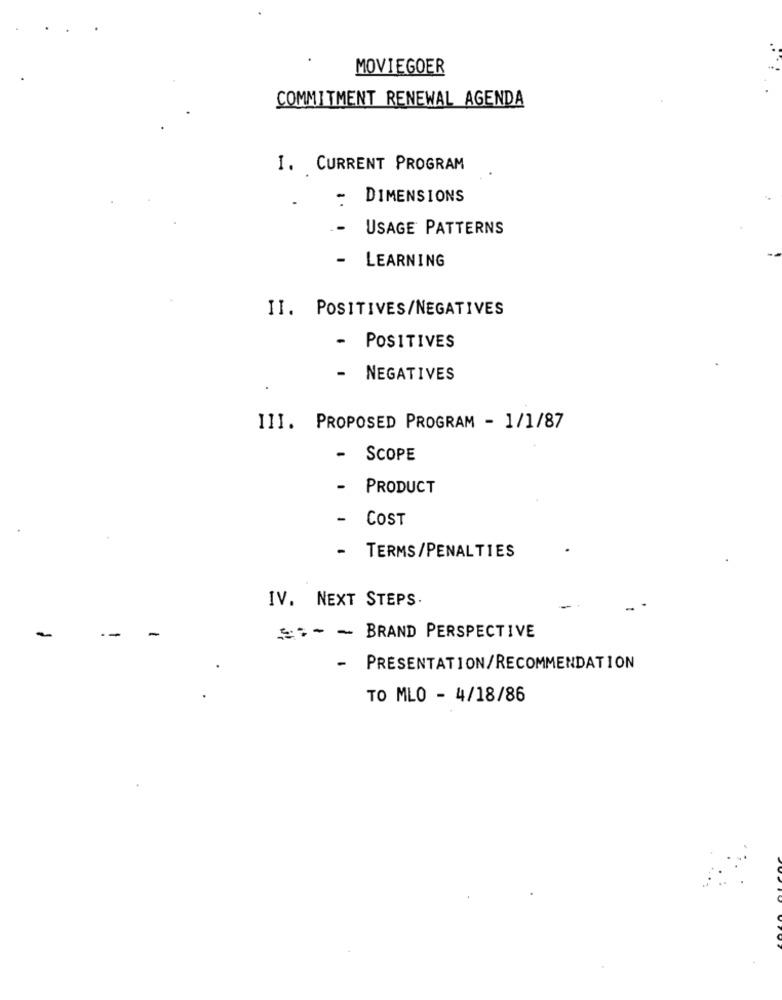
MOVIEGOER
COMMITMENT RENEWAL AGENDA
I. CURRENT PROGRAM
-
DIMENSIONS
-
.- USAGE PATTERNS
LEARNING
II. POSITIVES/NEGATIVES
- POSITIVES
- NEGATIVES
III. PROPOSED PROGRAM - 1/1/87
- SCOPE
-
PRODUCT
- COST
-
TERMS/PENALTIES
IV. NEXT STEPS.
--
-
=> - BRAND PERSPECTIVE
- PRESENTATION/RECOMMENDATION
TO MLO - 4/18/86